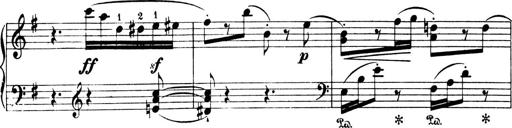
Title: 4 Sonatines
Composer: Max Reger